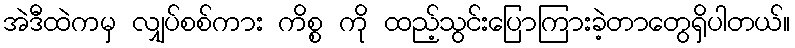
အဲဒီထဲကမှ လျှပ်စစ်ကား ကိစ္စ ကို ထည့်သွင်းပြောကြားခဲ့တာတွေရှိပါတယ်။